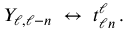
Y _ { \ell , \ell - n } \ \leftrightarrow \ t _ { \ell n } ^ { \ell } \, .